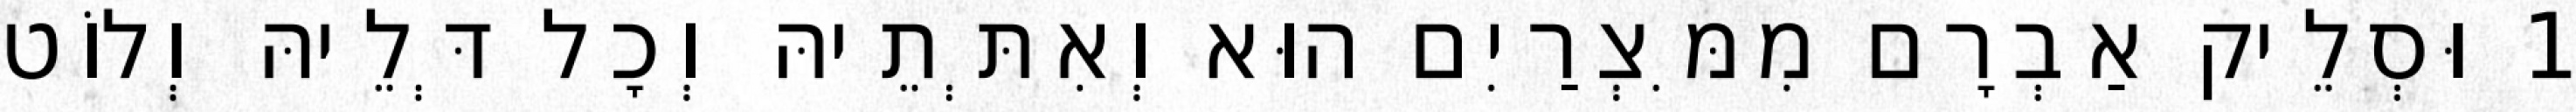
1 וּסְלֵיק אַבְרָם מִמִּצְרַיִם הוּא וְאִתְּתֵיהּ וְכָל דְּלֵיהּ וְלוֹט